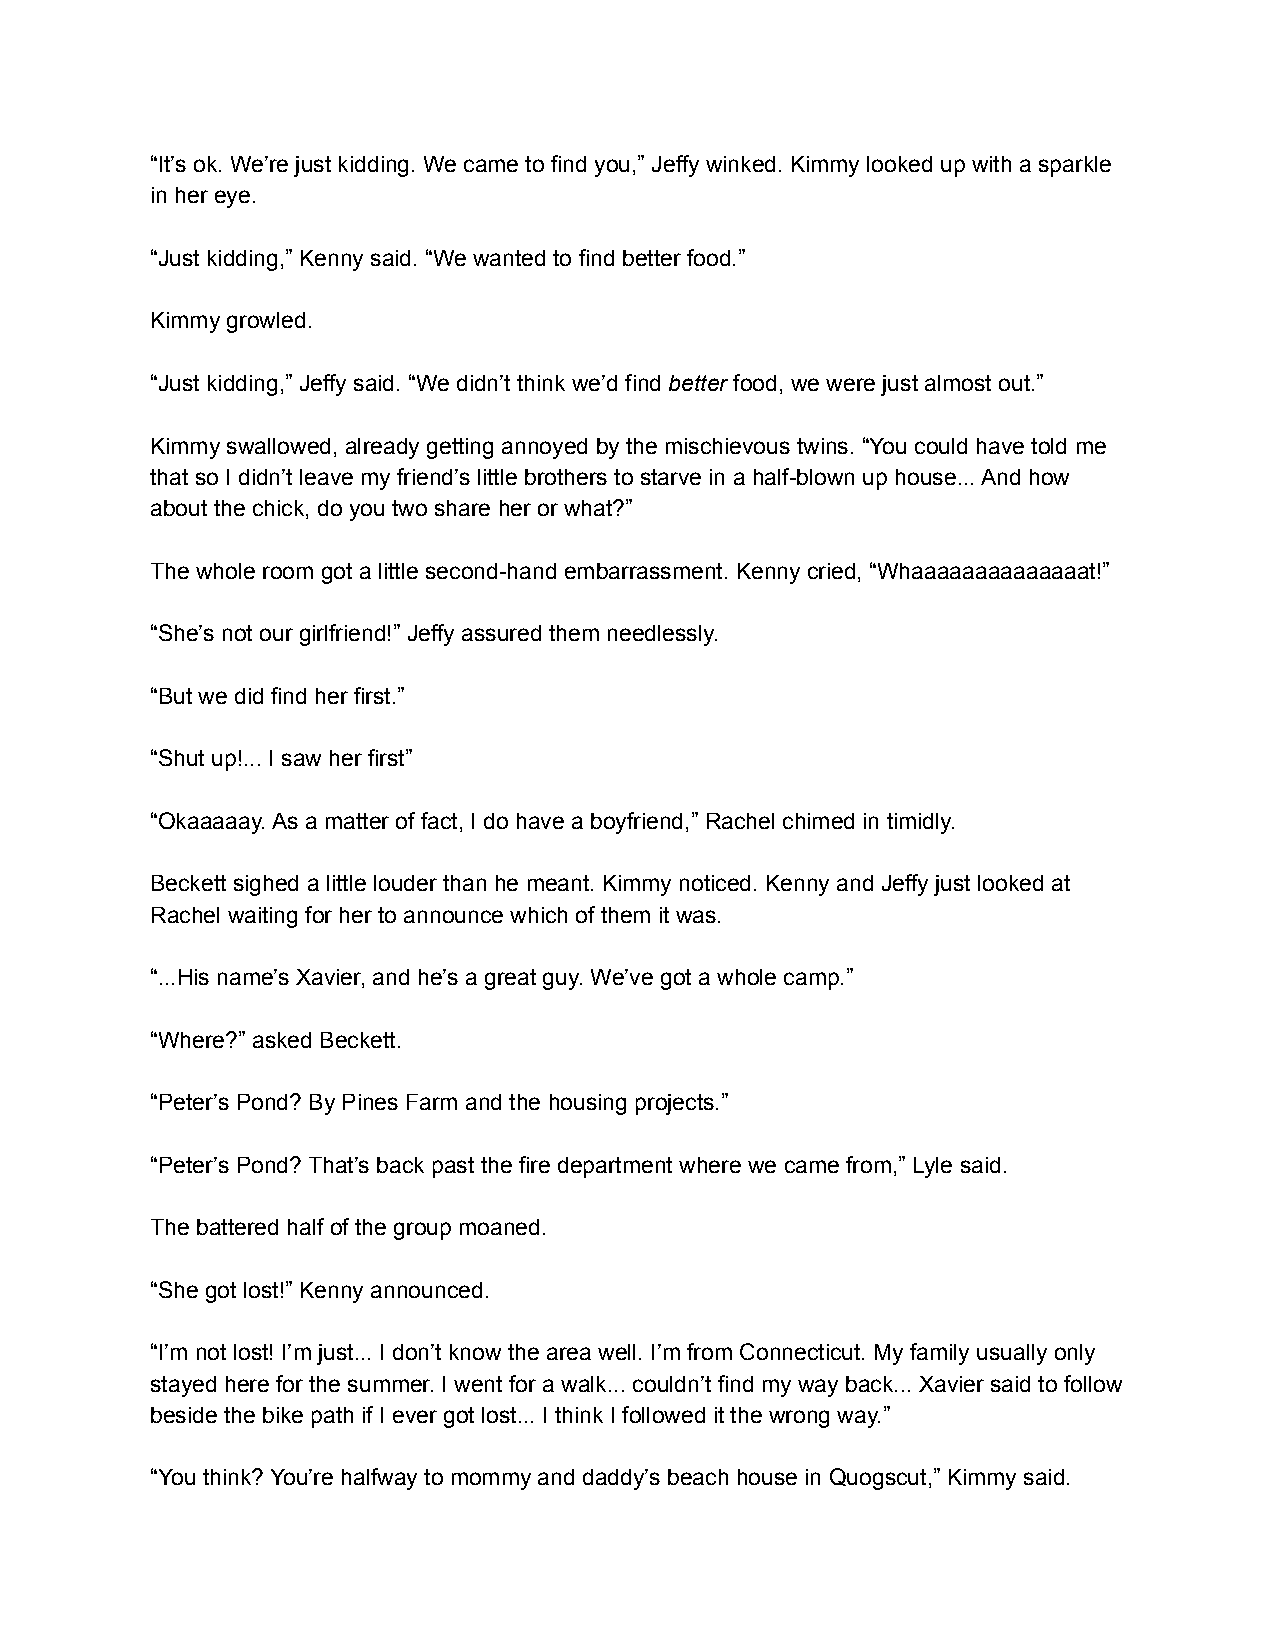
“It’s ok. We’re just kidding. We came to find you,” Jeffy winked. Kimmy looked up with a sparkle
 in her eye.
 “Just kidding,” Kenny said. “We wanted to find better food.”
 Kimmy growled.
 “Just kidding,” Jeffy said. “We didn’t think we’d find better food, we were just almost out.”
 Kimmy swallowed, already getting annoyed by the mischievous twins. “You could have told me
 that so I didn’t leave my friend’s little brothers to starve in a half-blown up house... And how
 about the chick, do you two share her or what?”
 The whole room got a little second-hand embarrassment. Kenny cried, “Whaaaaaaaaaaaaaat!”
 “She’s not our girlfriend!” Jeffy assured them needlessly.
 “But we did find her first.”
 “Shut up!... I saw her first”
 “Okaaaaay. As a matter of fact, I do have a boyfriend,” Rachel chimed in timidly.
 Beckett sighed a little louder than he meant. Kimmy noticed. Kenny and Jeffy just looked at
 Rachel waiting for her to announce which of them it was.
 “...His name’s Xavier, and he’s a great guy. We’ve got a whole camp.”
 “Where?” asked Beckett.
 “Peter’s Pond? By Pines Farm and the housing projects.”
 “Peter’s Pond? That’s back past the fire department where we came from,” Lyle said.
 The battered half of the group moaned.
 “She got lost!” Kenny announced.
 “I’m not lost! I’m just... I don’t know the area well. I’m from Connecticut. My family usually only
 stayed here for the summer. I went for a walk... couldn’t find my way back... Xavier said to follow
 beside the bike path if I ever got lost... I think I followed it the wrong way.”
 “You think? You’re halfway to mommy and daddy’s beach house in Quogscut,” Kimmy said.